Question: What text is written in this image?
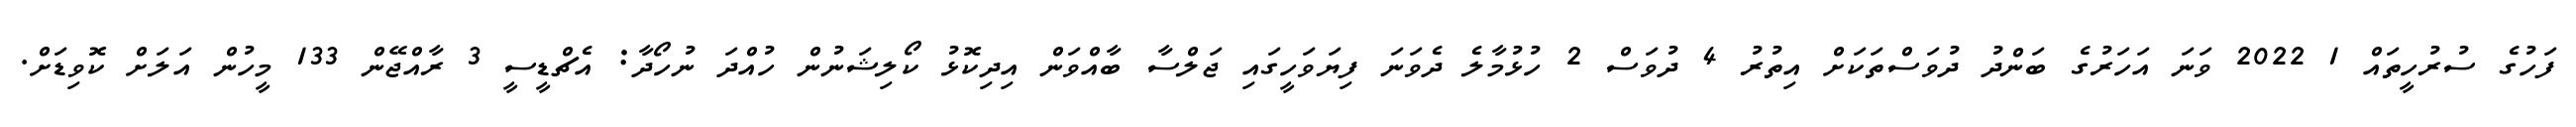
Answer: ފަހުގެ ސުރުހީތައް 1 2022 ވަނަ އަހަރުގެ ބަންދު ދުވަސްތަކަށް އިތުރު 4 ދުވަސް 2 ހުޅުމާލެ ދެވަނަ ފިޔަވަހީގައި ޖަލްސާ ބާއްވަން އިދިކޮޅު ކޯލިޝަނުން ހުއްދަ ނުހޯދާ: އެޗްޑީސީ 3 ރާއްޖޭން 133 މީހުން އަލަށް ކޮވިޑަށް.